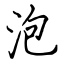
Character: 泡